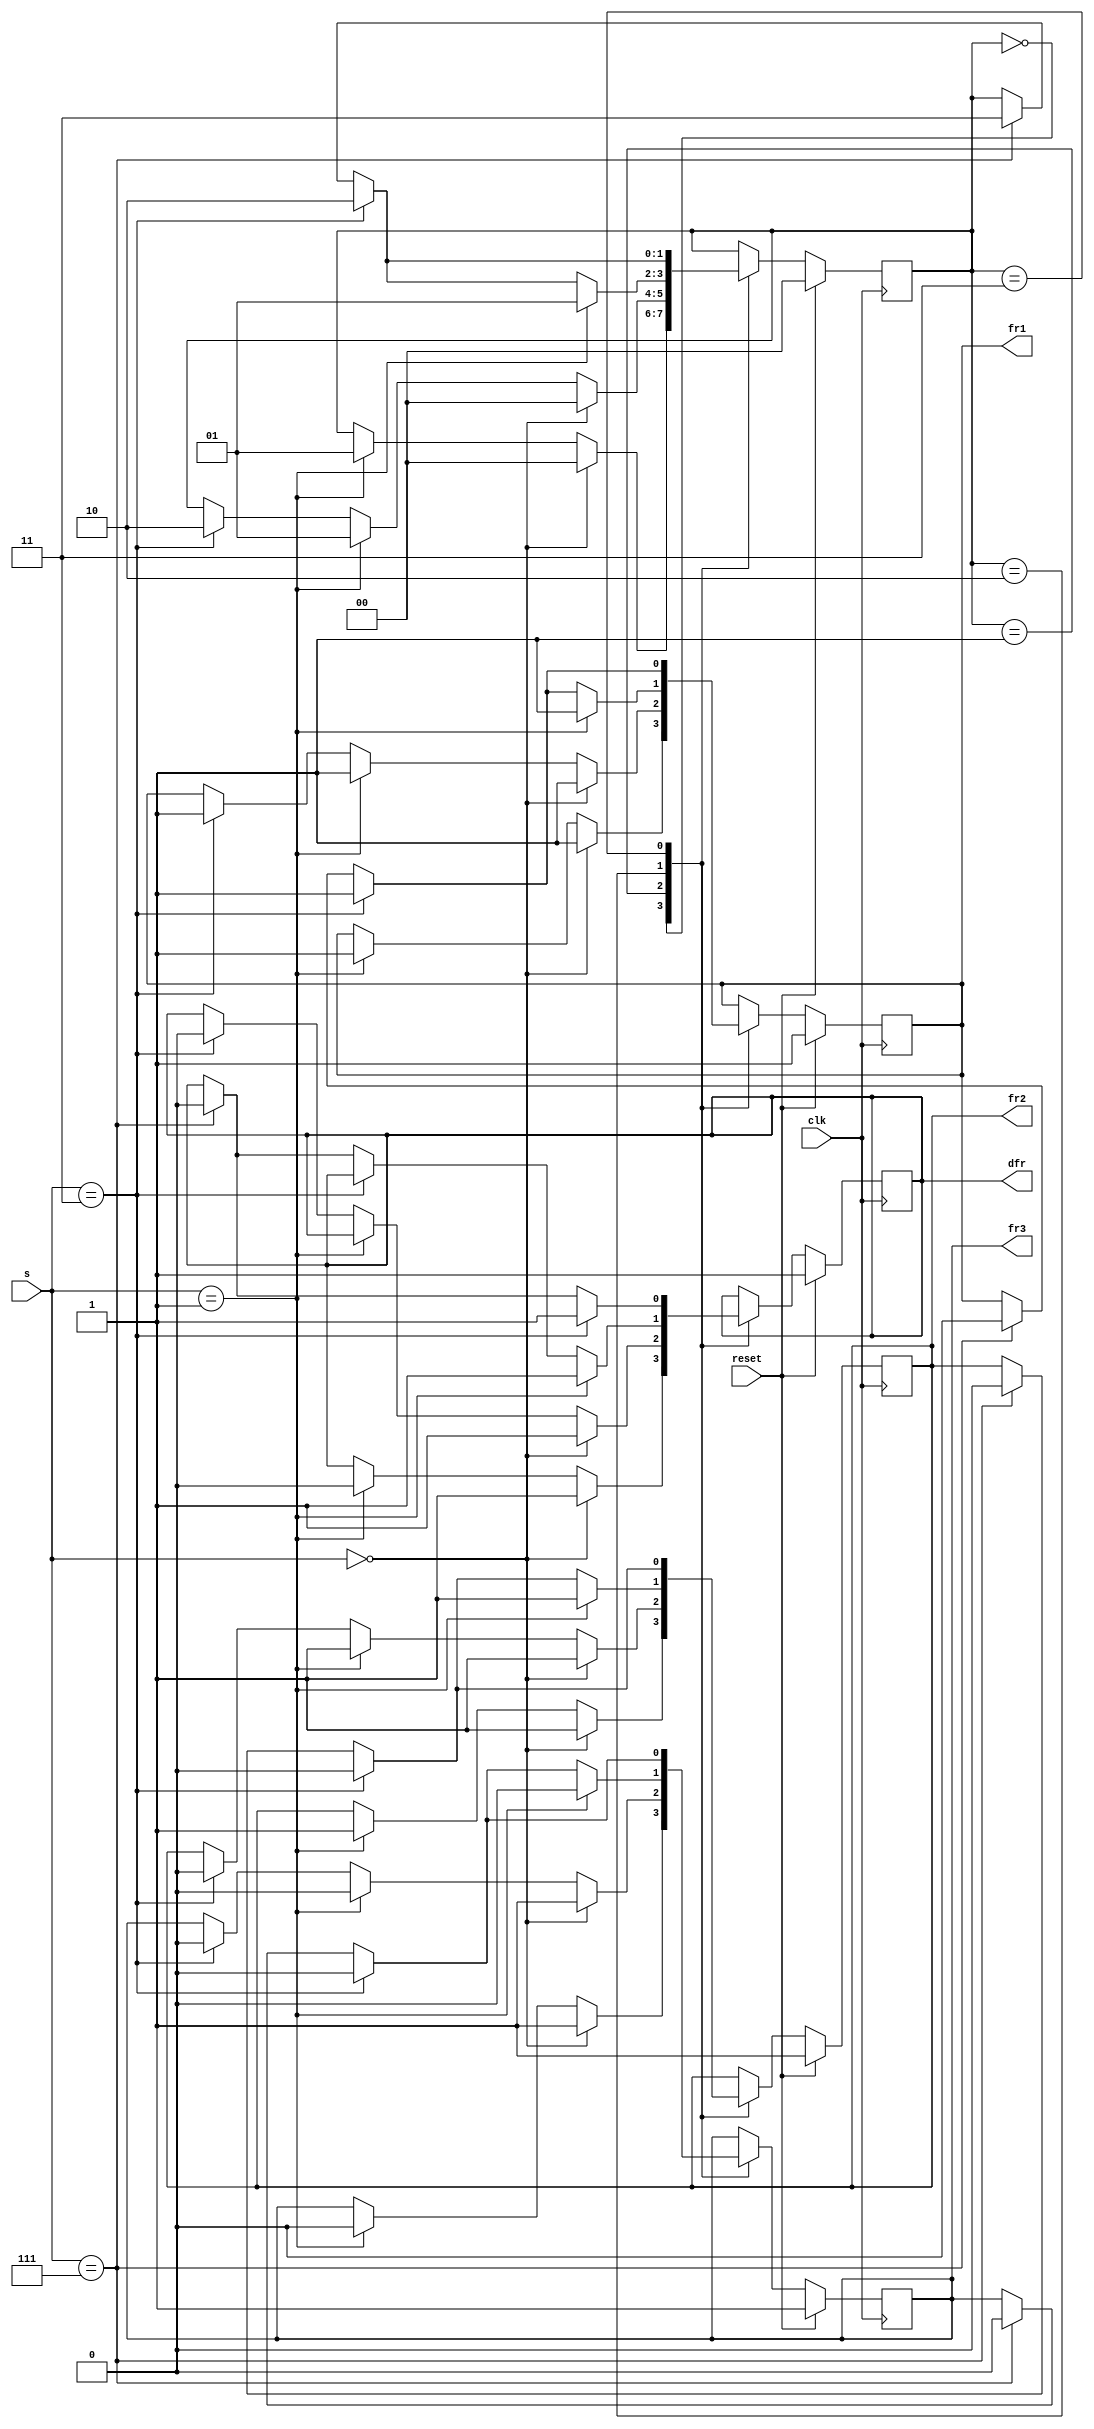
module top_module (
    input clk,
    input reset,
    input [3:1] s,
    output fr3,
    output fr2,
    output fr1,
    output dfr
); 
    
    reg [1:0] i;
    
    always @(posedge clk) begin
        if (reset) begin
            i <= 2'b00;
            {fr3,fr2,fr1,dfr} <= 4'b1111;
        end
        else begin
            case (i)
                2'b00:
                    if (s==3'b000) begin
                        i <= 2'b00;
                        {fr3,fr2,fr1,dfr} <= 4'b1111;   
                    end
                	else begin
                        if (s==3'b001) begin
                            i <= 2'b01;
                            {fr3,fr2,fr1,dfr} <= 4'b0110; 
                        end
                    end
                2'b01:
                    if (s==3'b000) begin
                        i <= 2'b00;
                        {fr3,fr2,fr1,dfr} <= 4'b1111; 
                    end
                	else begin
                        if (s==3'b001) begin
                            i <= 2'b01;
                            {fr3,fr2,fr1} <= 3'b011;
                        end
                        else begin
                            if (s==3'b011) begin
                                i <= 2'b10;
                                {fr3,fr2,fr1,dfr} <= 4'b0010; 
                            end
                        end
                    end
                2'b10:
                    if (s==3'b001) begin
                        i <= 2'b01;
                        {fr3,fr2,fr1,dfr} <= 4'b0111; 
                    end
                	else begin
                        if (s==3'b011) begin
                            i <= 2'b10;
                            {fr3,fr2,fr1} <= 3'b001;
                        end
                        else begin
                            if (s==3'b111) begin
                                i <= 2'b11;
                                {fr3,fr2,fr1,dfr} <= 4'b0000; 
                            end
                        end
                    end
                2'b11:
                    if (s==3'b011) begin
                        i <= 2'b10;
                        {fr3,fr2,fr1,dfr} <= 4'b0011; 
                    end
                	else begin
                        if (s==3'b111) begin
                            i <= 2'b11;
                            {fr3,fr2,fr1,dfr} <= 4'b0000;
                        end
                    end
            endcase
        end
    end
        
endmodule